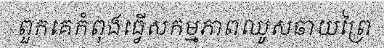
ពួកគេកំពុងធ្វើសកម្មភាពឈូសឆាយព្រៃ